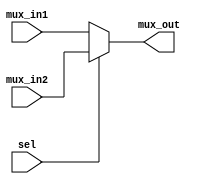
`timescale 1ns / 1ps
//////////////////////////////////////////////////////////////////////////////////
// Aryan Mehrotra
// 
// Module Name: mux64
// Description: 2 x 1 multiplexer which takes in 2 64-bit inputs
// Project Name: Final Project
//////////////////////////////////////////////////////////////////////////////////


module mux64(mux_in1, mux_in2, sel, mux_out);
    //Input and output declaration
    input [63:0] mux_in1, mux_in2;
    input sel;
    output [63:0] mux_out; 
    
    //If select (sel) is 1, output mux_in2, otherwise output mux_in1
    assign mux_out = sel ? mux_in2 : mux_in1;
    
endmodule